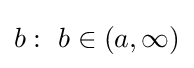
b:~b\in (a,\infty )